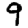
Digit: 9